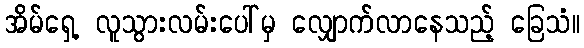
အိမ်ရှေ့ လူသွားလမ်းပေါ်မှ လျှောက်လာနေသည့် ခြေသံ။